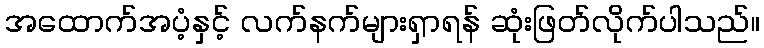
အထောက်အပံ့နှင့် လက်နက်များရှာရန် ဆုံးဖြတ်လိုက်ပါသည်။